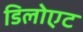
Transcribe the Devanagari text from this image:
डिलोएट